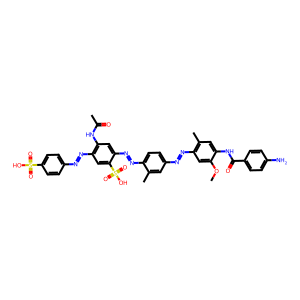
SMILES: COc1cc(N=Nc2ccc(N=Nc3cc(NC(C)=O)c(N=Nc4ccc(S(=O)(=O)O)cc4)cc3S(=O)(=O)O)c(C)c2)c(C)cc1NC(=O)c1ccc(N)cc1
Inhibits HIV replication: Yes